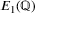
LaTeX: E _ { 1 } ( \mathbb { Q } )